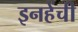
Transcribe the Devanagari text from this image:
इनहेंची